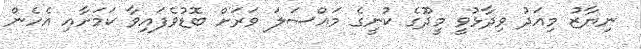
ނިޔާޒު މިއަދު ވިދާޅުވީ މީދޫގެ ކުނީގެ މައްސަލަ ވަރަށް ބޮޑުވެފައިވާ ކަމަށާއި އެހެން